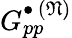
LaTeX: G_{pp}^{\bullet\, (\mathfrak{N})}